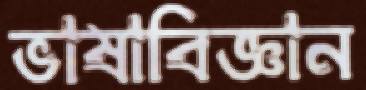
ভাষাবিজ্ঞান